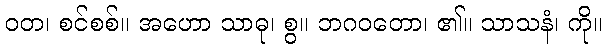
ဝတ၊ စင်စစ်။ အဟော သာဓု၊ စွ။ ဘဂဝတော၊ ၏။ သာသနံ၊ ကို။